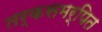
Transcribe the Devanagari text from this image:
तर्कसमर्पित